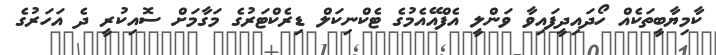
ކާމިޔާބީތަކެއް ހޯދައިދީފައިވާ ވަންލީ އެފްއޭއެމުގެ ޓެކްނިކަލް ޑިރެކްޓަރުގެ މަގާމަށް ސޮއިކުރީ ދެ އަހަރުގެ